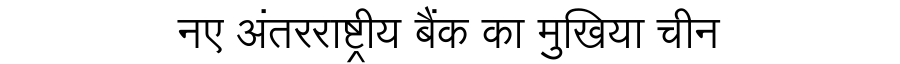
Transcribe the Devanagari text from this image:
नए अंतरराष्ट्रीय बैंक का मुखिया चीन